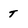
Character: T